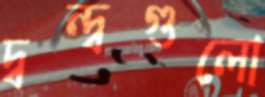
দ্বন্দ্বগুলো